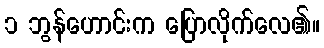
၁ ဘွန်ဟောင်းက ပြောလိုက်လေ၏။